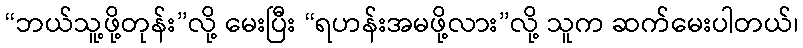
“ဘယ်သူ့ဖို့တုန်း”လို့ မေးပြီး “ရဟန်းအမဖို့လား”လို့ သူက ဆက်မေးပါတယ်၊